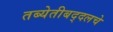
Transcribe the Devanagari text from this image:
तब्येतीबद्दलचे